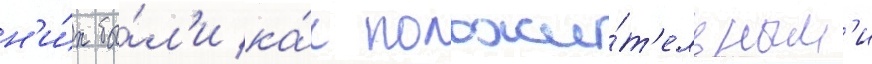
н'и́х бы́л'и ка́к положи́т'ельным'и